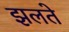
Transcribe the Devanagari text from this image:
झलते